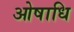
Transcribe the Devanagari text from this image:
ओषाधि